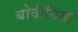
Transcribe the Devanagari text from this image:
बोवीनिया